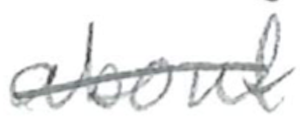
Text: about
Cross-out: mix
Writing tool: pencil